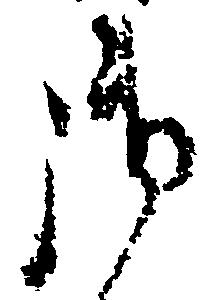
御